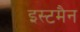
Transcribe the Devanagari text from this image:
इस्टमैन